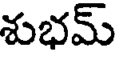
శుభమ్